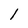
Character: 1